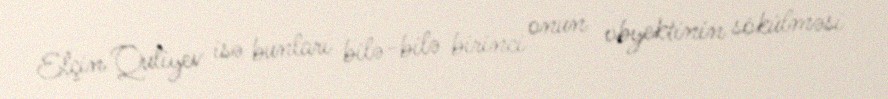
Elçin Quliyev isə bunları bilə-bilə birinci onun obyektinin sökülməsi